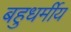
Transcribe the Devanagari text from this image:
बहुधर्मीय